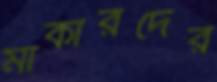
মার্কারদের